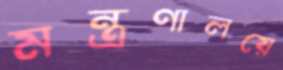
মন্ত্রণালয়ে